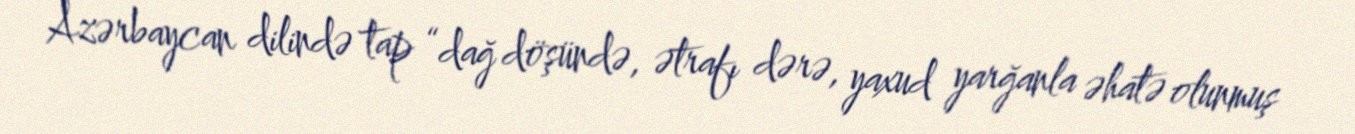
Azərbaycan dilində tap “dağ döşündə, ətrafı dərə, yaxud yarğanla əhatə olunmuş